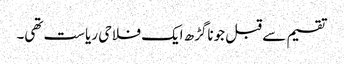
تقسیم سے قبل جوناگڑھ ایک فلاحی ریاست تھی۔